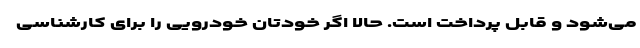
می‌شود و قابل پرداخت است. حالا اگر خودتان خودرویی را برای کارشناسی